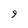
Character: 9